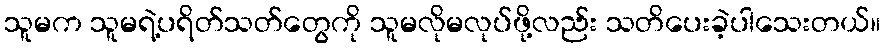
သူမက သူမရဲ့ပရိတ်သတ်တွေကို သူမလိုမလုပ်ဖို့လည်း သတိပေးခဲ့ပါသေးတယ်။